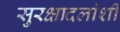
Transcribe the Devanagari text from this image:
सुरक्षादलांशी